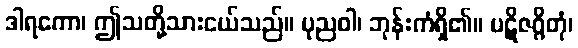
ဒါရကော၊ ဤသတို့သားငယ်သည်။ ပုညဝါ၊ ဘုန်းကံရှိ၏။ ပဋိဇဂ္ဂိတုံ၊